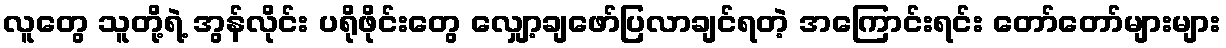
လူတွေ သူတို့ရဲ့ အွန်လိုင်း ပရိုဖိုင်းတွေ လျှော့ချဖော်ပြလာချင်ရတဲ့ အကြောင်းရင်း တော်တော်များများ